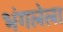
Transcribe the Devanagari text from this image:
भंगलेला